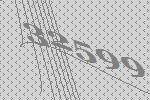
32599